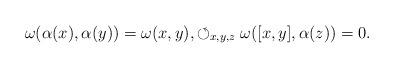
LaTeX: \begin{align*} &\omega(\alpha(x),\alpha(y)) =\omega(x,y), \displaystyle\circlearrowleft_{x,y,z}\omega([x,y],\alpha(z)) =0.\end{align*}